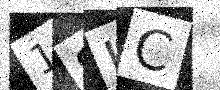
Text: 1SIC